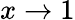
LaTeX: x\rightarrow 1